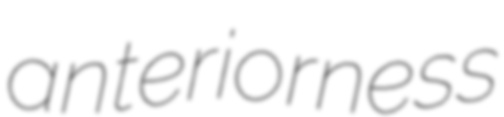
anteriorness